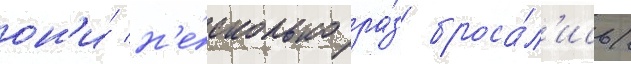
он'и́ н'е́сколько ра́з броса́л'ись